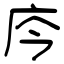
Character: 庈